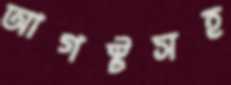
আগস্টসহ